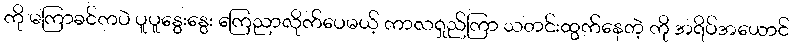
ကို မကြာခင်ကပဲ ပူပူနွေးနွေး ကြေညာလိုက်ပေမယ့် ကာလရှည်ကြာ သတင်းထွက်နေတဲ့ ကို အရိပ်အယောင်